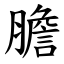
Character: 膽